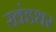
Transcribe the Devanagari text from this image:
खंडधर